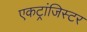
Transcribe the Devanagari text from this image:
एकट्रांजिस्टर